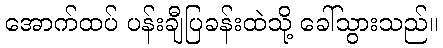
အောက်ထပ် ပန်းချီပြခန်းထဲသို့ ခေါ်သွားသည်။